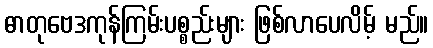
ဓာတုဗေဒကုန်ကြမ်းပစ္စည်းများ ဖြစ်လာပေလိမ့် မည်။